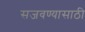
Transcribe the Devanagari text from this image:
सजवण्यासाठी